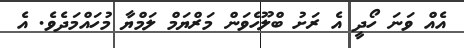
އެއް ވަނަ ހޯދީ އެ ރަށު ބްލޫހެވަން މަރްޔަމް ލަމްޔާ މުހައްމަދެވެ. އެ